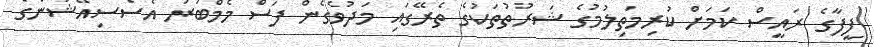
ފީފާގެ ރައީސް ކަމަށް ކުރިމަތިލުމުގެ ޝަރުތުތަކުގެ ތެރޭގައި މަދުވެގެން ފަސް މެމްބަރު އެސޯސިއޭޝަންގެ